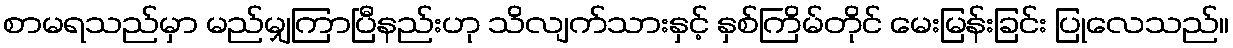
စာမရသည်မှာ မည်မျှကြာပြီနည်းဟု သိလျက်သားနှင့် နှစ်ကြိမ်တိုင် မေးမြန်းခြင်း ပြုလေသည်။